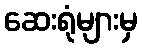
ဆေးရုံများမှ